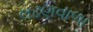
લઢણવાળા